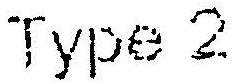
TYPE 2